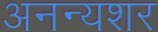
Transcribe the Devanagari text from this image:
अनन्यशर